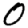
Digit: 0